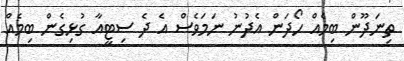
ތިނަދޫން ބިމެއް ހޯދަން އެދުނު ނަަމަވެސް އެ ދެ ސިޓީއާ ގުޅިގެން ބިމެއް